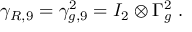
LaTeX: \gamma _ { R , 9 } = \gamma _ { g , 9 } ^ { 2 } = I _ { 2 } \otimes \Gamma _ { g } ^ { 2 } ~ .